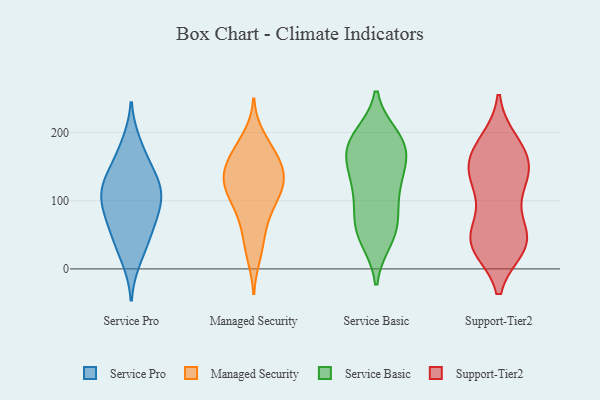
{"axis": {"x": "Customer Acquisition Cost (USD)", "y": "Value"}, "legend": ["Managed Security", "Service Basic", "Service Pro", "Support-Tier2"], "data": [{"x": "", "y": 119, "type": "Service Pro"}, {"x": "", "y": 40, "type": "Service Pro"}, {"x": "", "y": 130, "type": "Service Pro"}, {"x": "", "y": 133, "type": "Service Pro"}, {"x": "", "y": 102, "type": "Service Pro"}, {"x": "", "y": 183, "type": "Service Pro"}, {"x": "", "y": 163, "type": "Service Pro"}, {"x": "", "y": 15, "type": "Service Pro"}, {"x": "", "y": 86, "type": "Service Pro"}, {"x": "", "y": 70, "type": "Service Pro"}, {"x": "", "y": 117, "type": "Service Pro"}, {"x": "", "y": 90, "type": "Service Pro"}, {"x": "", "y": 51, "type": "Service Pro"}, {"x": "", "y": 169, "type": "Managed Security"}, {"x": "", "y": 20, "type": "Managed Security"}, {"x": "", "y": 35, "type": "Managed Security"}, {"x": "", "y": 132, "type": "Managed Security"}, {"x": "", "y": 135, "type": "Managed Security"}, {"x": "", "y": 78, "type": "Managed Security"}, {"x": "", "y": 147, "type": "Managed Security"}, {"x": "", "y": 193, "type": "Managed Security"}, {"x": "", "y": 131, "type": "Managed Security"}, {"x": "", "y": 106, "type": "Managed Security"}, {"x": "", "y": 177, "type": "Managed Security"}, {"x": "", "y": 123, "type": "Managed Security"}, {"x": "", "y": 156, "type": "Managed Security"}, {"x": "", "y": 163, "type": "Managed Security"}, {"x": "", "y": 90, "type": "Managed Security"}, {"x": "", "y": 113, "type": "Managed Security"}, {"x": "", "y": 120, "type": "Managed Security"}, {"x": "", "y": 62, "type": "Managed Security"}, {"x": "", "y": 134, "type": "Service Basic"}, {"x": "", "y": 82, "type": "Service Basic"}, {"x": "", "y": 188, "type": "Service Basic"}, {"x": "", "y": 123, "type": "Service Basic"}, {"x": "", "y": 55, "type": "Service Basic"}, {"x": "", "y": 193, "type": "Service Basic"}, {"x": "", "y": 144, "type": "Service Basic"}, {"x": "", "y": 177, "type": "Service Basic"}, {"x": "", "y": 52, "type": "Service Basic"}, {"x": "", "y": 115, "type": "Service Basic"}, {"x": "", "y": 73, "type": "Service Basic"}, {"x": "", "y": 181, "type": "Service Basic"}, {"x": "", "y": 182, "type": "Service Basic"}, {"x": "", "y": 167, "type": "Service Basic"}, {"x": "", "y": 44, "type": "Service Basic"}, {"x": "", "y": 57, "type": "Support-Tier2"}, {"x": "", "y": 142, "type": "Support-Tier2"}, {"x": "", "y": 33, "type": "Support-Tier2"}, {"x": "", "y": 170, "type": "Support-Tier2"}, {"x": "", "y": 184, "type": "Support-Tier2"}, {"x": "", "y": 170, "type": "Support-Tier2"}, {"x": "", "y": 112, "type": "Support-Tier2"}, {"x": "", "y": 104, "type": "Support-Tier2"}, {"x": "", "y": 34, "type": "Support-Tier2"}, {"x": "", "y": 41, "type": "Support-Tier2"}, {"x": "", "y": 151, "type": "Support-Tier2"}, {"x": "", "y": 145, "type": "Support-Tier2"}, {"x": "", "y": 186, "type": "Support-Tier2"}, {"x": "", "y": 35, "type": "Support-Tier2"}, {"x": "", "y": 53, "type": "Support-Tier2"}, {"x": "", "y": 32, "type": "Support-Tier2"}, {"x": "", "y": 129, "type": "Support-Tier2"}, {"x": "", "y": 45, "type": "Support-Tier2"}, {"x": "", "y": 145, "type": "Support-Tier2"}]}